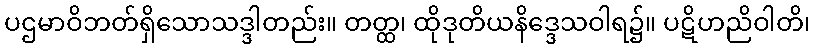
ပဌမာဝိဘတ်ရှိသောသဒ္ဒါတည်း။ တတ္ထ၊ ထိုဒုတိယနိဒ္ဒေသဝါရ၌။ ပဋိဟညိဝါတိ၊